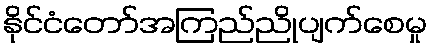
နိုင်ငံတော်အကြည်ညိုပျက်စေမှု